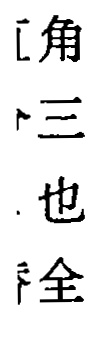
[角
三
也
全